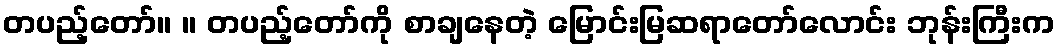
တပည့်တော်။ ။ တပည့်တော်ကို စာချနေတဲ့ မြောင်းမြဆရာတော်လောင်း ဘုန်းကြီးက